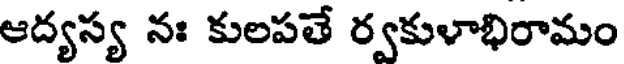
ఆద్యస్య నః కులపతే ర్వకుళాభిరామం